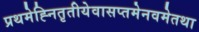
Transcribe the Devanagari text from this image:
प्रथमेह्नितृतीयेवासप्तमेनवमेतथा